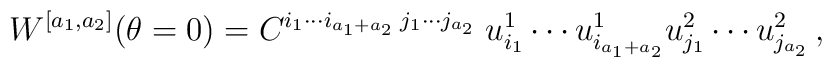
W^{[a_1,a_2]}(\theta=0) = C^{i_1\cdots i_{a_1+a_2}\; j_1\cdots j_{a_2}}  \; u^1_{i_1}\cdots u^1_{i_{a_1+a_2}} u^2_{j_1} \cdots u^2_{j_{a_2}} \, ,